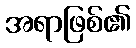
အရာဖြစ်၏